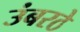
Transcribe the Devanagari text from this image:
उंबरठे